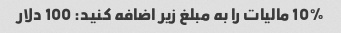
10% مالیات را به مبلغ زیر اضافه کنید: 100 دلار